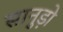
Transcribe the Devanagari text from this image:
सानुड़ो